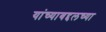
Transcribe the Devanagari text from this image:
यांच्याबद्दलच्या